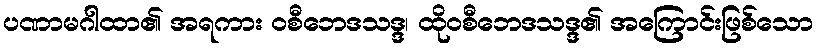
ပဏာမဂါထာ၏ အရကား ဝစီဘေဒသဒ္ဒ၊ ထိုဝစီဘေဒသဒ္ဒ၏ အကြောင်းဖြစ်သော